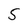
Character: 5